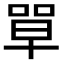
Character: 𭈼